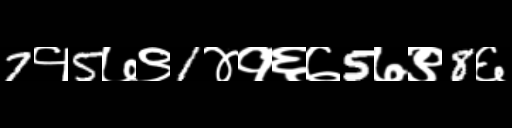
Text: 7१5७९1४१६७5७९8६